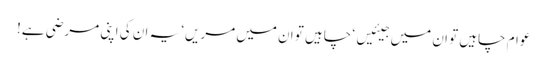
عوام چاہیں تو ان میں جیئیں‘ چاہیں تو ان میں مریں‘ یہ ان کی اپنی مرضی ہے!